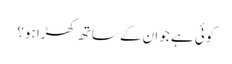
کوئی ہے جو ان کے ساتھ کھڑا ہو؟